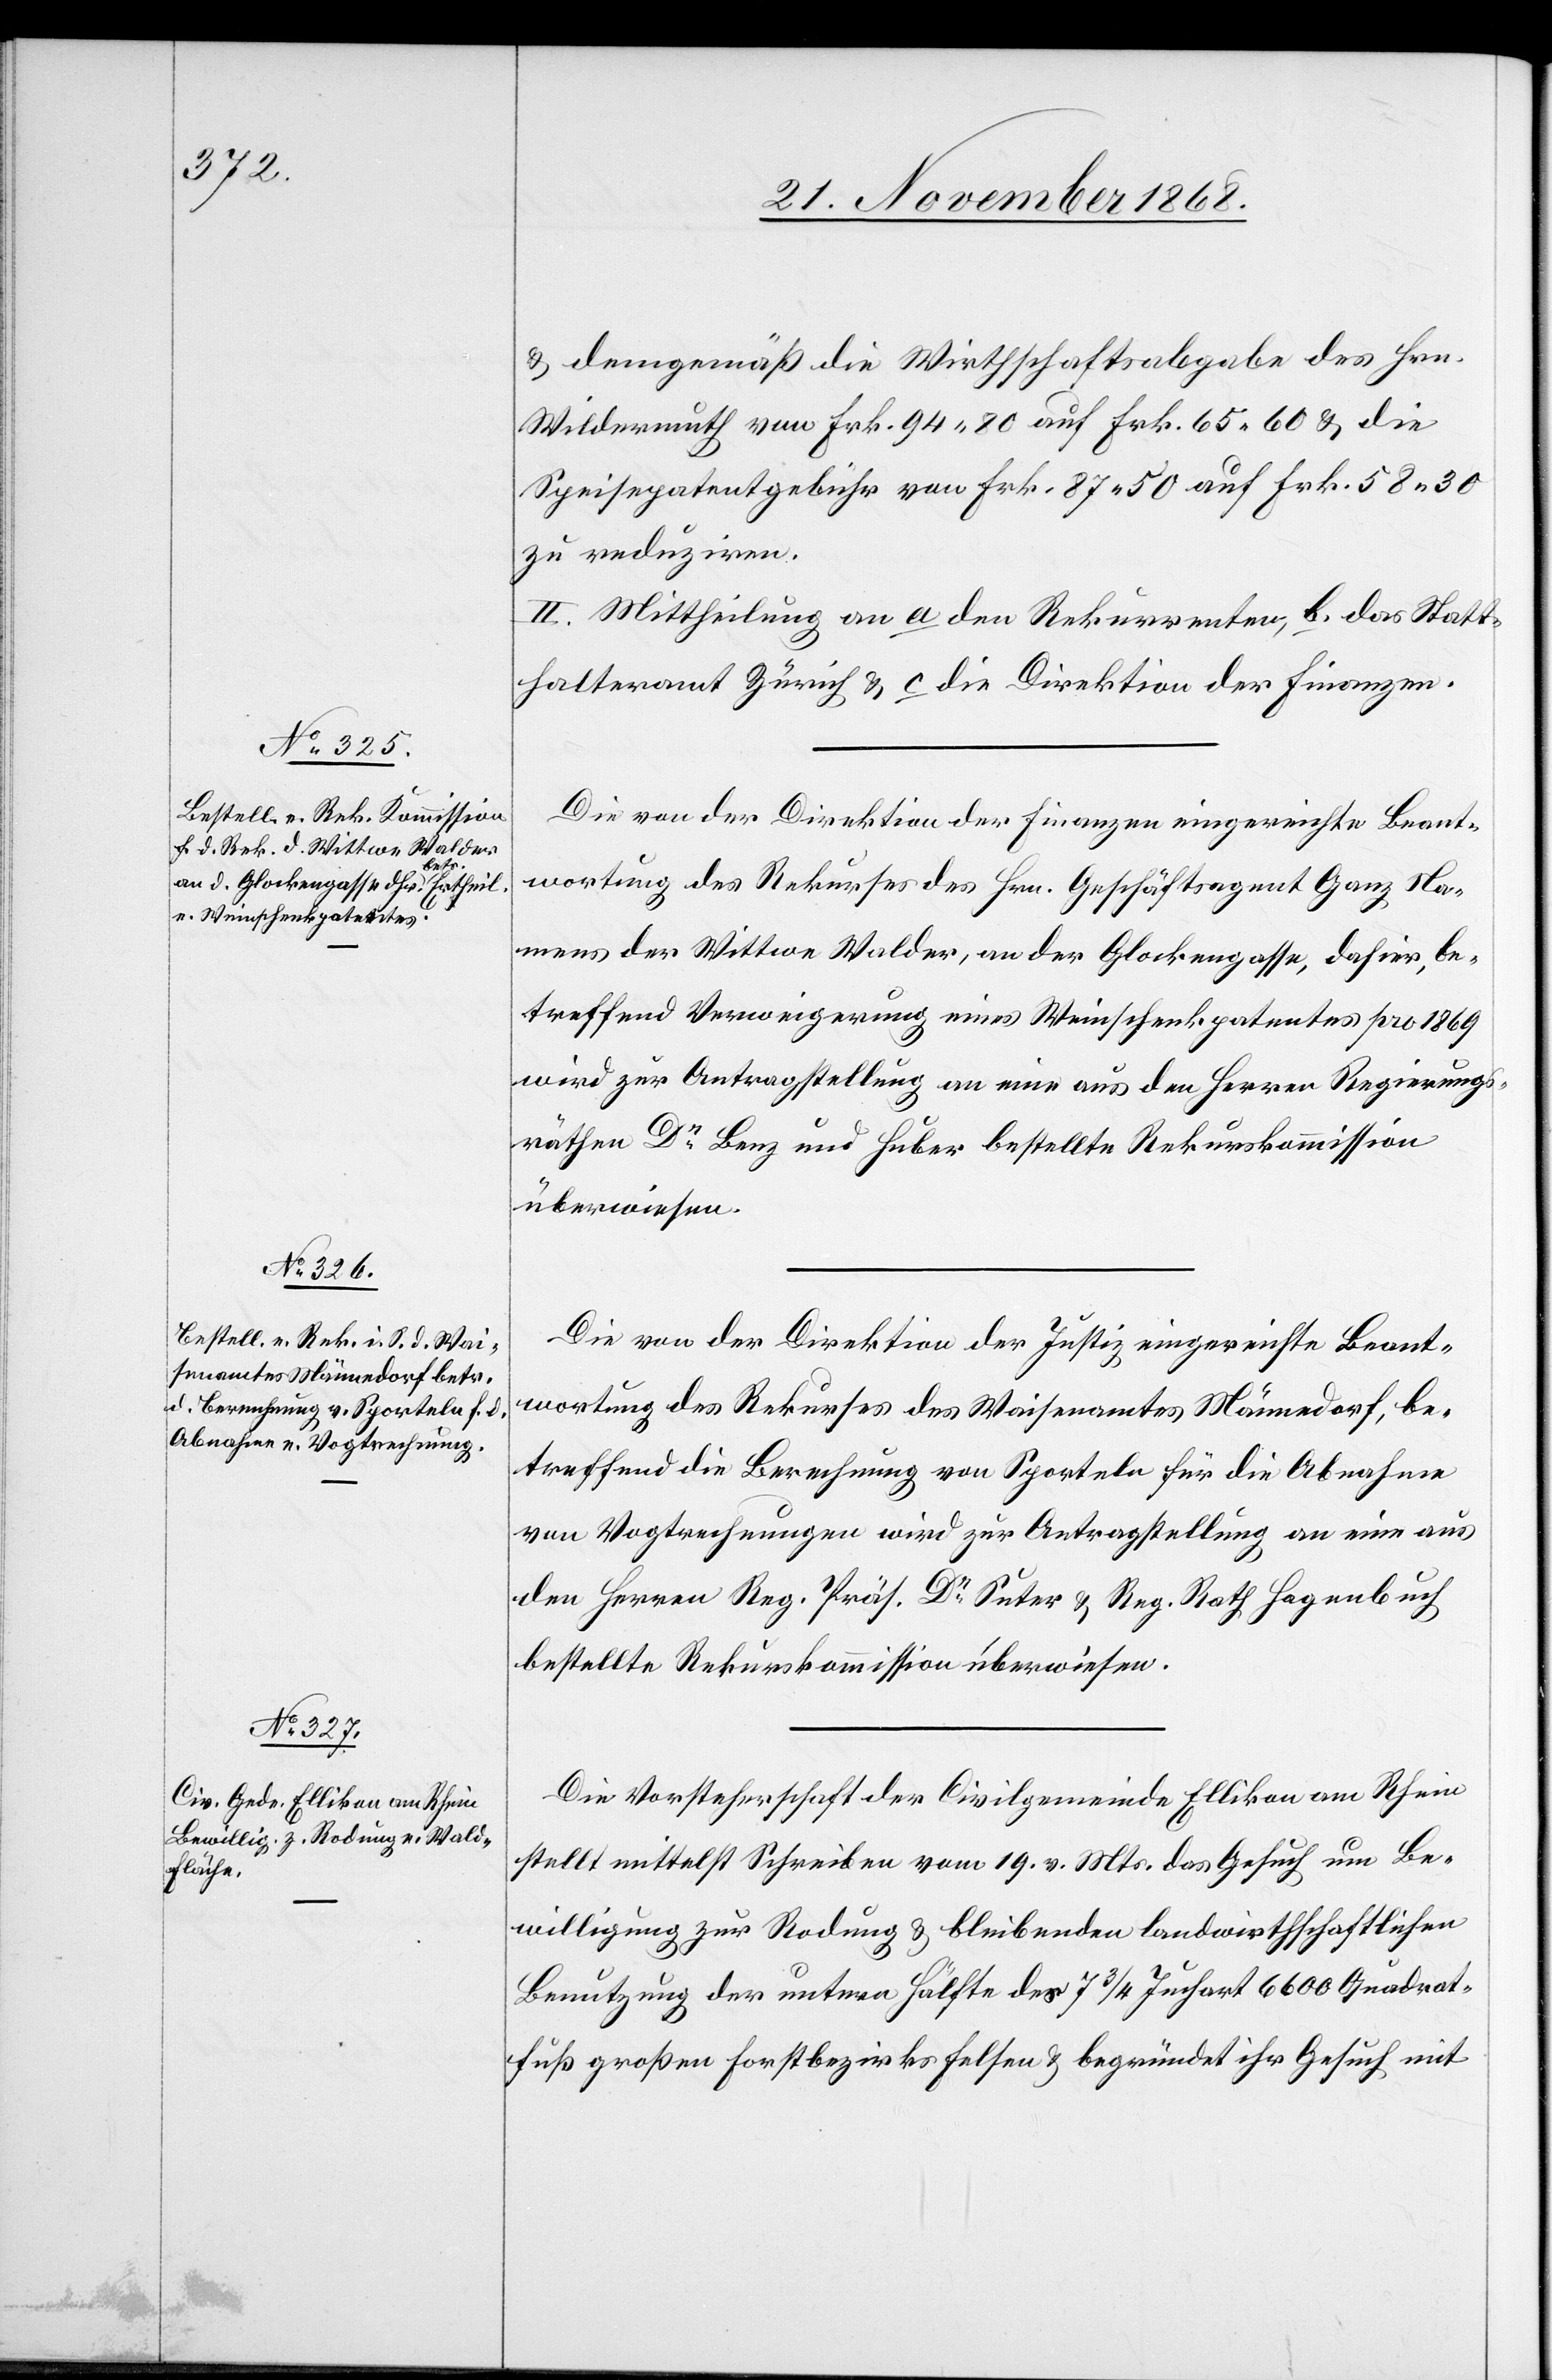
& demgemäß die Wirthschaftsabgabe des Hrn.
Wildermuth von Frk. 94.80 auf Frk. 65.60 & die
Speisepatentgebühr von Frk. 87.50 auf Frk. 58.30
zu reduziren.
II. Mittheilung an a den Rekurrenten, b das Statt¬
halteramt Zürich & c die Direktion der Finanzen.
Die von der Direktion der Finanzen eingereichte Beant¬
wortung des Rekurses des Hrn. Geschäftsagent Ganz Na¬
mens der Wittwe Walder, an der Glockengasse, dahier, be¬
treffend Verweigerung eines Weinschenkpatentes pro 1869
wird zur Antragstellung an eine aus den Herren Regierungs¬
räthen Dr Benz und Huber bestellte Rekurskommission
überwiesen.
Die von der Direktion der Justiz eingereichte Beant¬
wortung des Rekurses des Waisenamtes Männedorf, be¬
treffend die Berechnung von Sporteln für die Abnahme
von Vogtrechnungen wird zur Antragstellung an eine aus
den Herren Reg. Präs. Dr Suter & Reg. Rath Hagenbuch
bestellte Rekurskommission überwiesen.
Die Vorsteherschaft der Civilgemeinde Ellikon am Rhein
stellt mittelst Schreiben vom 19. v. Mts. das Gesuch um Be¬
willigung zur Rodung & bleibenden landwirthschaftlichen
Benutzung der untern Hälfte des 7 3/4 Juchart 6600 Quadrat¬
fuß großen Forstbezirks Felsen & begründet ihr Gesuch mit